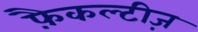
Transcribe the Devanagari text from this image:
फ़ैकल्टीज़